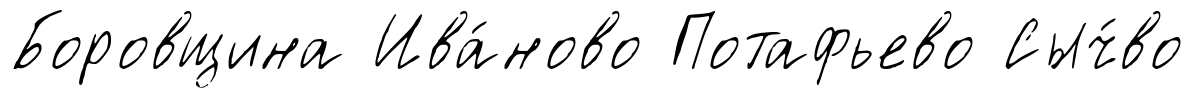
Боровщина Ива́ново Потафьево Сыч́во